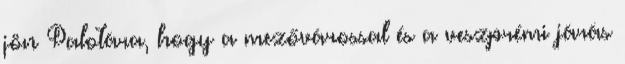
jön Palotára, hogy a mezővárossal és a veszprémi járás